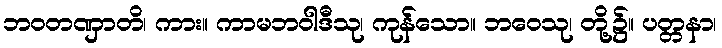
ဘဝတဏှာတိ၊ ကား။ ကာမဘဝါဒီသု၊ ကုန်သော။ ဘဝေသု၊ တို့၌။ ပတ္တနာ၊